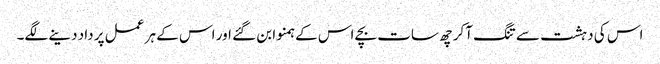
اس کی دہشت سے تنگ آکر چھ سات بچے اس کے ہمنوا بن گئے اور اس کے ہر عمل پر داد دینے لگے۔